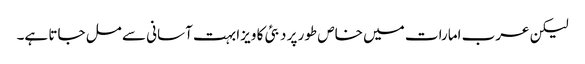
لیکن عرب امارات میں خاص طور پر دبئی کا ویزا بہت آسانی سے مل جاتا ہے۔